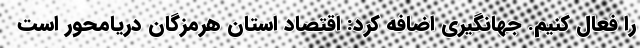
را فعال کنیم. جهانگیری اضافه کرد: اقتصاد استان هرمزگان دریامحور است